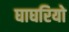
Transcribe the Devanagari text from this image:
घाघरियो